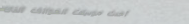
أحدث موديلات الهواتف الذك